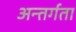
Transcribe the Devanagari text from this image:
अन्तर्गता